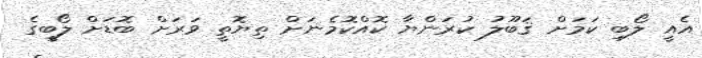
އެއީ ލޯބި ކަމަށް ޤަބޫލު ކުރަންޔާ ކޮއްކޮމެނަށް ތިޔޮތީ ވަރަށް ބޮޑަށް ލޯބީގެ